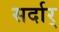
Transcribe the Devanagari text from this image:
सर्दार्